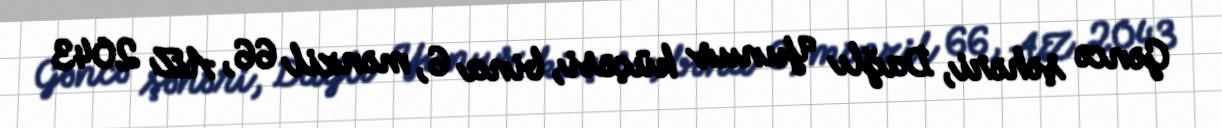
Gəncə şəhəri, Dağlı Yunus küçəsi, bina 6, mənzil 66, AZ 2043